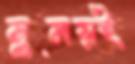
সুময়ই